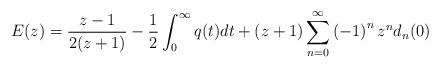
LaTeX: \begin{align*}E(z)=\frac{z-1}{2(z+1)}-\frac{1}{2}\int_{0}^{\infty}q(t)dt+(z+1)\sum_{n=0}^{\infty}\left( -1\right) ^{n}z^{n}d_{n}(0) \end{align*}